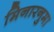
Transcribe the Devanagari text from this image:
मिनारनुमा